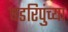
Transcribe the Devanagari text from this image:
षडरिपुंच्या